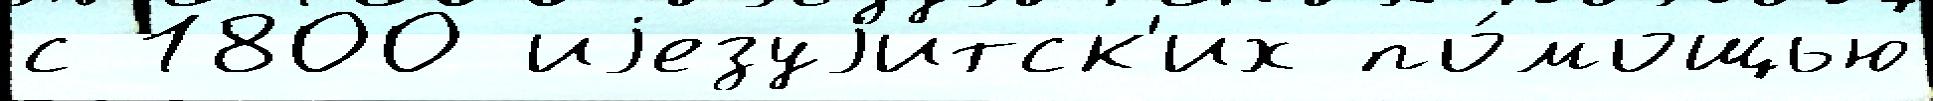
с 1800 иjезуjитск'их по́мощью